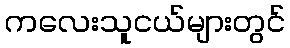
ကလေးသူငယ်များတွင်